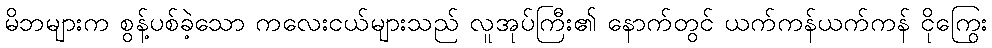
မိဘများက စွန့်ပစ်ခဲ့သော ကလေးငယ်များသည် လူအုပ်ကြီး၏ နောက်တွင် ယက်ကန်ယက်ကန် ငိုကြွေး